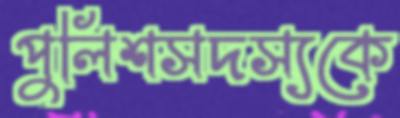
পুলিশসদস্যকে